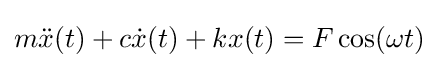
m{\ddot {x}}(t)+c{\dot {x}}(t)+kx(t)=F\cos(\omega t)